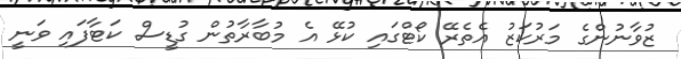
ޒުވާނުންގެ މަރުކަޒު އެތެރޭ ކޯޓްގައި ކުޅޭ އެ މުބާރާތުން ގުޑީސް ކަޓާފައި ވަނީ